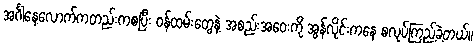
အင်္ဂါနေ့လောက်ကတည်းကစပြီး ဝန်ထမ်းတွေနဲ့ အစည်းအဝေးကို အွန်လိုင်းကနေ စလုပ်ကြည့်ခဲ့တယ်။